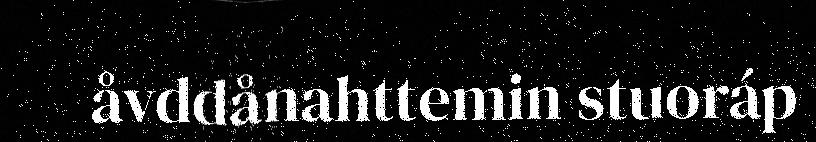
åvddånahttemin stuoráp